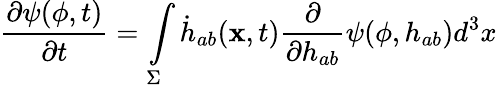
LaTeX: \frac{\partial\psi(\phi,t)}{\partial t}=\intop_{\Sigma}\dot{h}_{ab}(\textbf{x},t)\frac{\partial}{\partial h_{ab}}\psi(\phi,h_{ab})d^{3}x